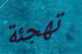
تهجئة